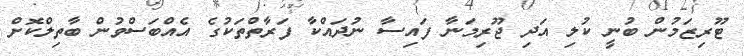
ޓޫރިޒަމުން ބުނީ ކުލި އަދި ޖޫރިމަނާ ފައިސާ ނުދައްކާ ފަރާތްތަކުގެ އެއްބަސްވުން ބާތިލްކޮށް